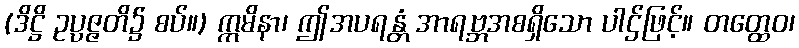
(ဒိဋ္ဌိ ဥပ္ပဇ္ဇတိ၌ စပ်။) ဣမိနာ၊ ဤအပရန္တံ အာရဗ္ဘအစရှိသော ပါဌ်ဖြင့်။ တတ္ထေဝ၊